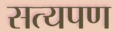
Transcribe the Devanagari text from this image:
सत्यपण